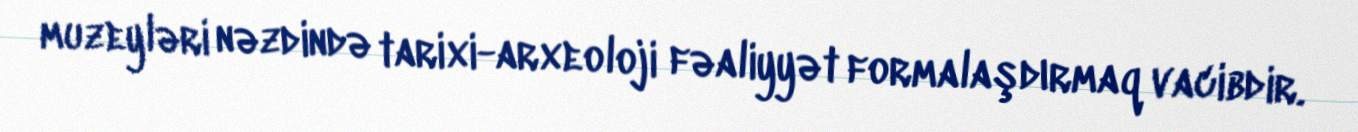
muzeyləri nəzdində tarixi-arxeoloji fəaliyyət formalaşdırmaq vacibdir.